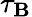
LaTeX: \tau_{\mathbf{B}}